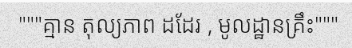
"""គ្មាន តុល្យភាព ដដែរ , មូលដ្ឋានគ្រឹះ"""